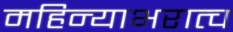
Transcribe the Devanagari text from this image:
महिन्याभरात्च